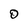
Character: 0